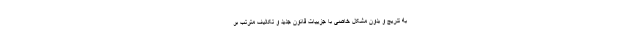
به تدریج و بدون مشکل خاصی با جزییات قانون جدید و تکالیف مترتب بر